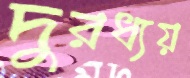
দুরধ্যয়